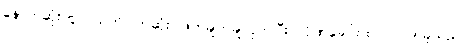
နောက်ဆုံးတွင် ယတိပြတ်ဆုံး ဖြတ်ချက်ချလိုက်ပြီး လိုဏ်ခေါင်းထဲ ဝင်လာခဲ့သည်။